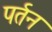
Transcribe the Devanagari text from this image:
पर्तन